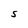
Character: S